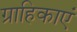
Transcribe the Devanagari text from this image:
ग्राहिकाएं